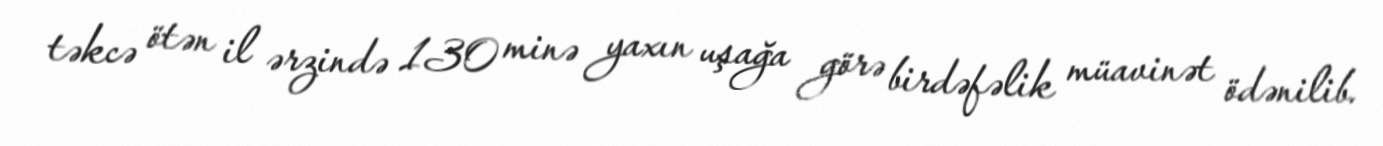
təkcə ötən il ərzində 130 minə yaxın uşağa görə birdəfəlik müavinət ödənilib.